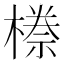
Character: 𭫯